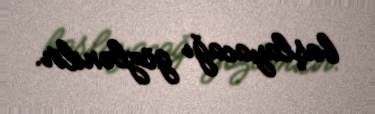
başlayacağı gözlənilir.